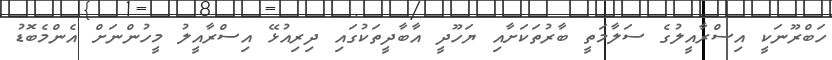
ހަބްރޫނަކީ އިސްރާއީލުގެ ސަލާމަތީ ބާރުތަކަށާއި ޔަހޫދީ އާބާދީތަކުގައި ދިރިއުޅޭ އިސްރާއީލު މީހުންނަށް އެންމެބޮޑު